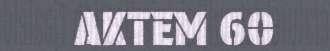
AKTEM 60